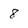
Character: 8